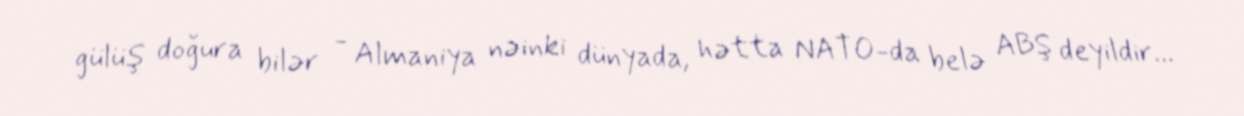
gülüş doğura bilər - Almaniya nəinki dünyada, hətta NATO-da belə ABŞ deyildir...